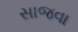
સાજવા